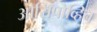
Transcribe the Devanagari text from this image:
ओसिपोव्हिच